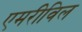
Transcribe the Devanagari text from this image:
एमरीविल